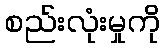
စည်းလုံးမှုကို